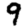
Digit: 9